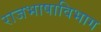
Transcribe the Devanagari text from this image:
राजभाषाविभाग